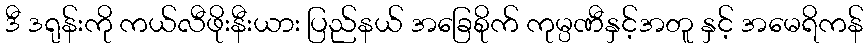
ဒီ ဒရုန်းကို ကယ်လီဖိုးနီးယား ပြည်နယ် အခြေစိုက် ကုမ္ပဏီနှင့်အတူ နှင့် အမေရိကန်